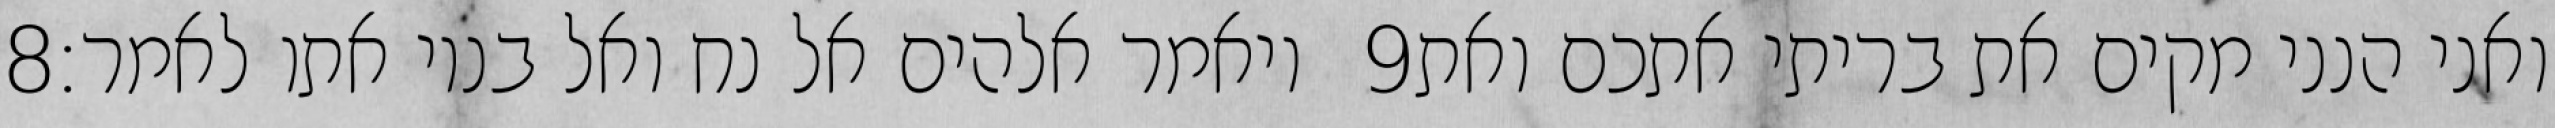
‎8‏ ויאמר אלהים אל נח ואל בניו אתו לאמר׃ ‎9‏ ואני הנני מקים את בריתי אתכם ואת